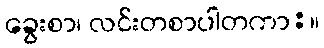
ခွေးစာ၊ လင်းတစာပါတကာ:။